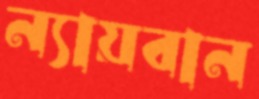
ন্যায়বান